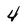
Character: 4